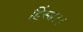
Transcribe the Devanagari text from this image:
हिंसा।।